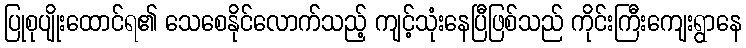
ပြုစုပျိုးထောင်ရ၏ သေစေနိုင်လောက်သည့် ကျင့်သုံးနေပြီဖြစ်သည် ကိုင်းကြီးကျေးရွာနေ